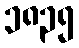
၁၈၃၅